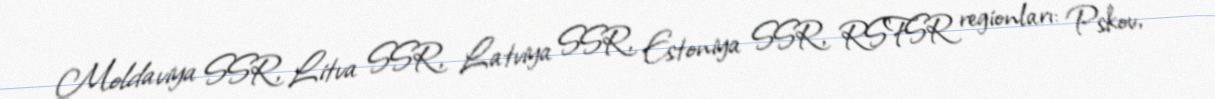
Moldaviya SSR, Litva SSR, Latviya SSR, Estoniya SSR, RSFSR regionları: Pskov,